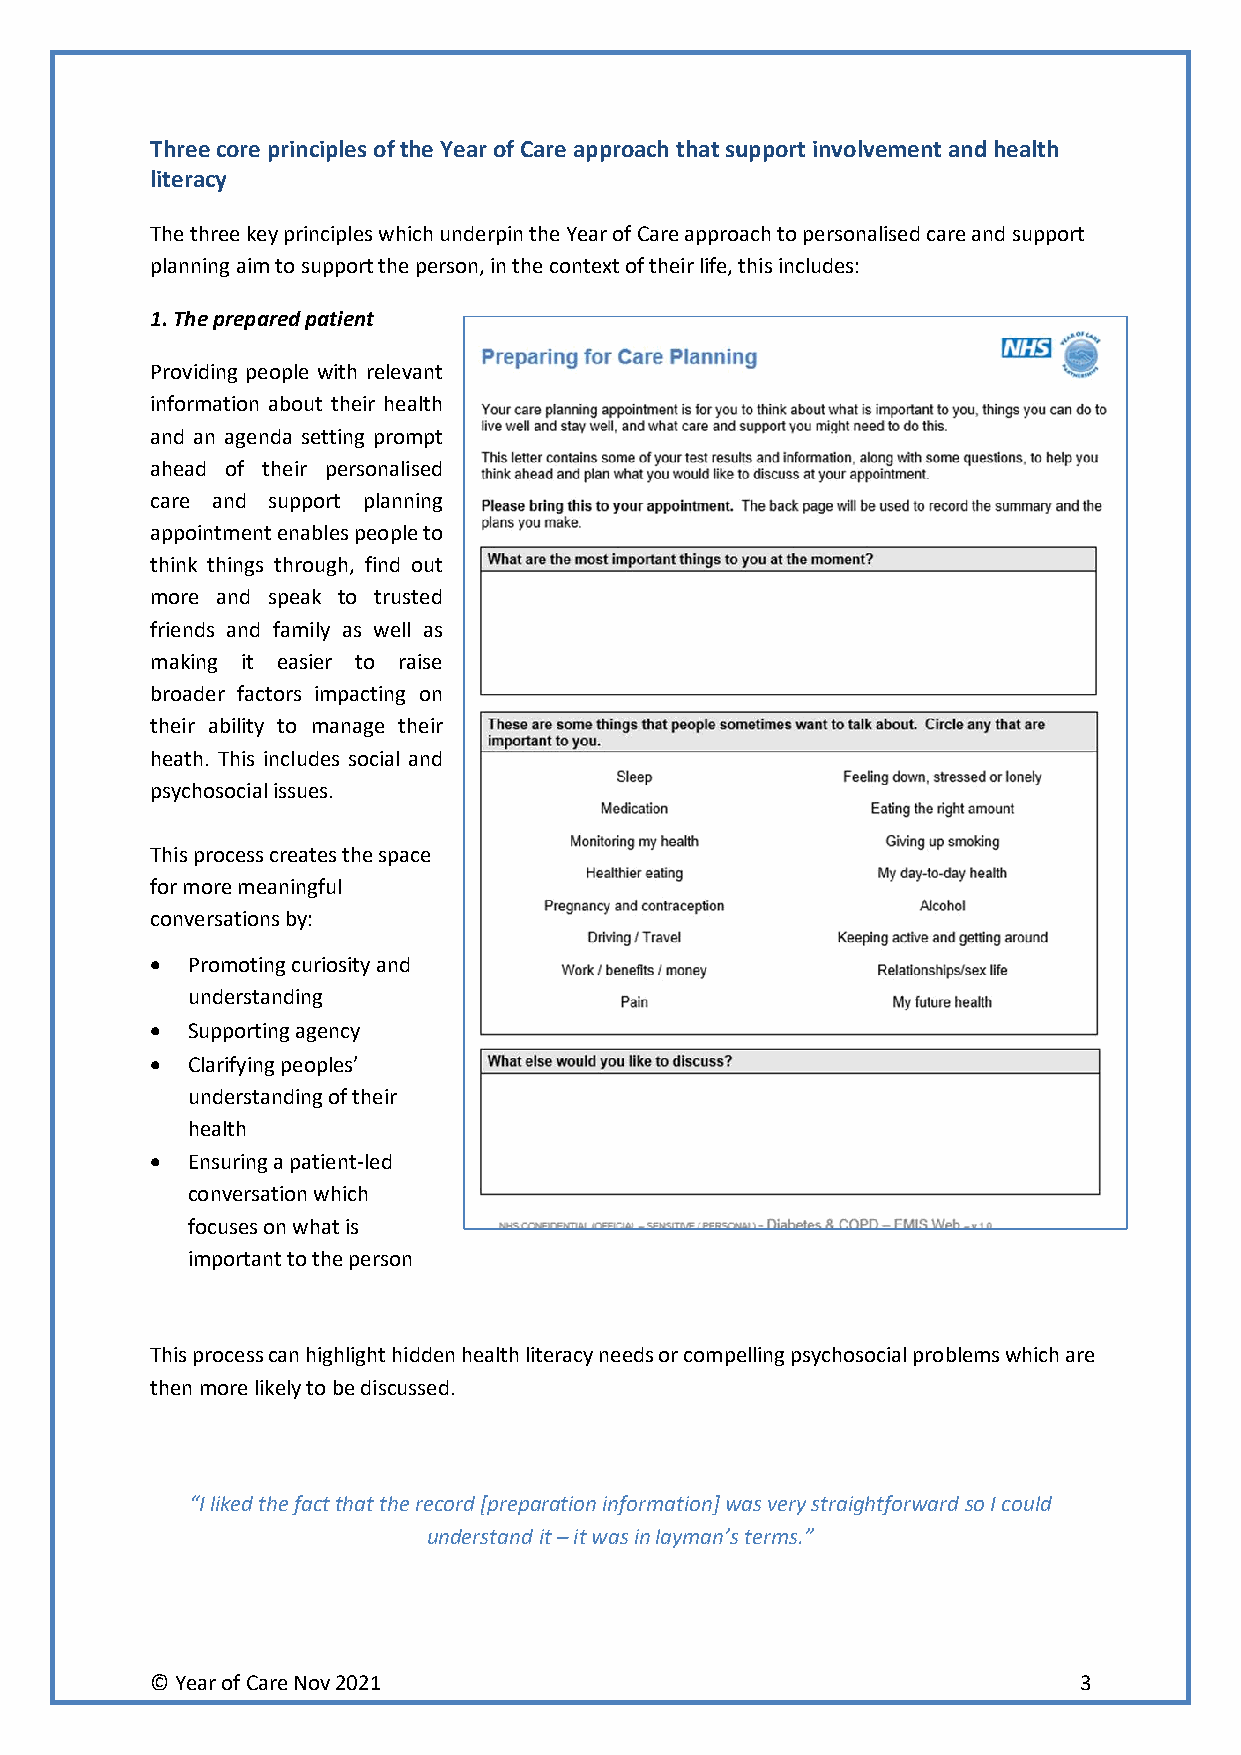
Three core principles of the Year of Care approach that support involvement and health
 literacy
 The three key principles which underpin the Year of Care approach to personalised care and support
 planning aim to support the person, in the context of their life, this includes:
 1. The prepared patient
 Providing people with relevant
 information about their health
 and an agenda setting prompt
 ahead of their personalised
 care and support planning
 appointment enables people to
 think things through, find out
 more and speak to trusted
 friends and family as well as
 making it easier to raise
 broader factors impacting on
 their ability to manage their
 heath. This includes social and
 psychosocial issues.
 This process creates the space
 for more meaningful
 conversations by:
 • Promoting curiosity and
 understanding
 • Supporting agency
 • Clarifying peoples’
 understanding of their
 health
 • Ensuring a patient-led
 conversation which
 focuses on what is
 important to the person
 This process can highlight hidden health literacy needs or compelling psychosocial problems which are
 then more likely to be discussed.
 “I liked the fact that the record [preparation information] was very straightforward so I could
 understand it – it was in layman’s terms.”
 © Year of Care Nov 2021                                      3